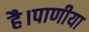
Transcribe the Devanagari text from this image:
है।पाणीया